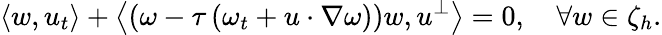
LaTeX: \left\langle w,u_{t}\right\rangle+\left\langle\left(\omega-\tau\left(\omega_{t}+u\cdot\nabla\omega\right)\right)w,u^{\perp}\right\rangle=0,\quad\forall w\in\zeta_{h}.